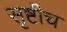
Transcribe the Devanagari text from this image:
सृष्टीच